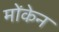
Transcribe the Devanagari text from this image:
मोंकेन